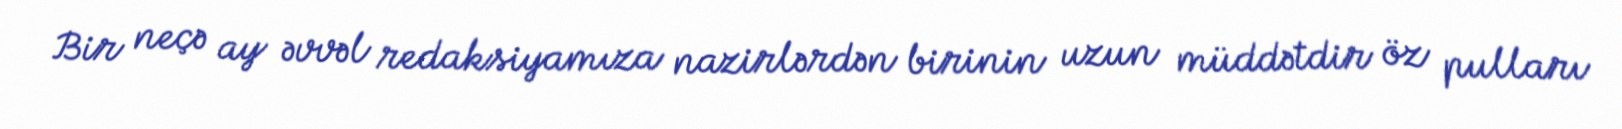
Bir neçə ay əvvəl redaksiyamıza nazirlərdən birinin uzun müddətdir öz pulları